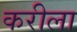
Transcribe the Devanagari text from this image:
करीला